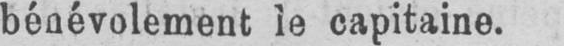
bénévolement le capitaine.